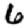
Digit: 6